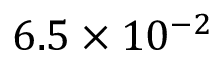
6 . 5 \times 1 0 ^ { - 2 }